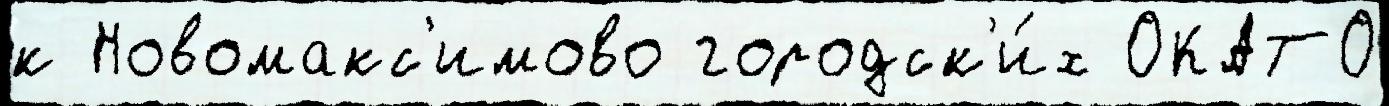
к Новомакс'имово городск'и́х ОКАТО